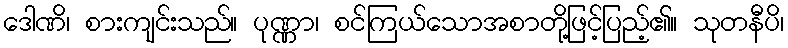
ဒေါဏိ၊ စားကျင်းသည်။ ပုဏ္ဏာ၊ စင်ကြယ်သောအစာတို့ဖြင့်ပြည့်၏။ သုတနီပိ၊